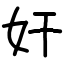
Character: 奸